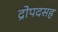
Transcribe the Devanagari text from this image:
द्रोपदसह